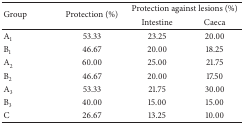
<table><thead><tr><td rowspan="2"><b>Group</b></td><td rowspan="2"><b>Protection (%)</b></td><td colspan="2"><b>Protection against lesions (%)</b></td></tr><tr><td><b>Intestine</b></td><td><b>Caeca</b></td></tr></thead><tbody><tr><td>A<sub>1</sub></td><td>53.33</td><td>23.25</td><td>20.00</td></tr><tr><td>B<sub>1</sub></td><td>46.67</td><td>20.00</td><td>18.25</td></tr><tr><td>A<sub>2</sub></td><td>60.00</td><td>25.00</td><td>21.75</td></tr><tr><td>B<sub>2</sub></td><td>46.67</td><td>20.00</td><td>17.50</td></tr><tr><td>A<sub>3</sub></td><td>53.33</td><td>21.75</td><td>30.00</td></tr><tr><td>B<sub>3</sub></td><td>40.00</td><td>15.00</td><td>15.00</td></tr><tr><td>C</td><td>26.67</td><td>13.25</td><td>10.00</td></tr></tbody></table>